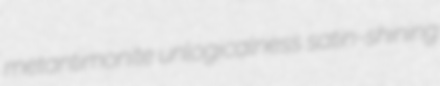
metantimonite unlogicalness satin-shining